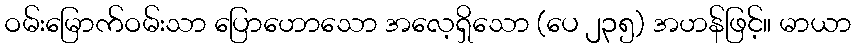
ဝမ်းမြောက်ဝမ်းသာ ပြောဟောသော အလေ့ရှိသော (ပေ ၂၃၅) အဟန်ဖြင့်။ မာယာ